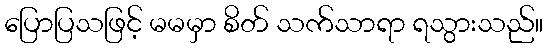
ပြောပြသဖြင့် မမမှာ စိတ် သက်သာရာ ရသွားသည်။